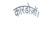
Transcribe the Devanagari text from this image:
कारडोज़ों।